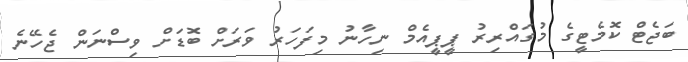
ބަޖެޓް ކޮމެޓީގެ މުގައްރިރު ޕީޕީއެމް ނިހާނު މިފަހަރު ވަރަށް ބޮޑަށް ވިސްނަން ޖެހޭނެ